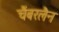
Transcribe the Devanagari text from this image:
चैंबरलैन